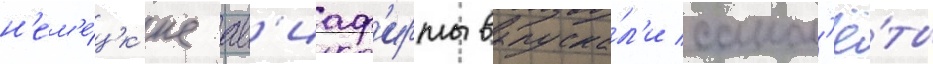
н'ем'е́цк'ие ав'иаф'ирмы выпуска́л'и самол'ё́ты